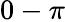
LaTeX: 0-\pi